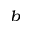
^ b